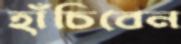
হাঁচিবেন